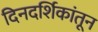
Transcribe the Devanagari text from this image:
दिनदर्शिकांतून